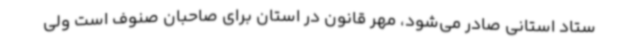
ستاد استانی صادر می‌شود، مهر قانون در استان برای صاحبان صنوف است ولی